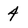
Character: 4